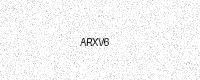
Text: ARXV6